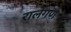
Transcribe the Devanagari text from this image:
रालेगण